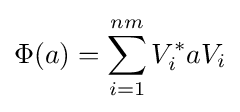
\Phi (a)=\sum _{i=1}^{nm}V_{i}^{*}aV_{i}